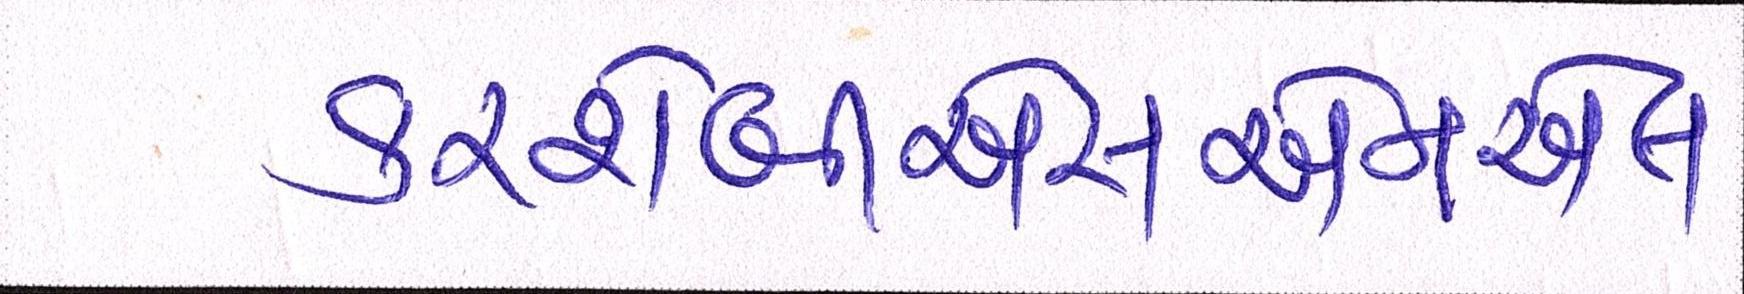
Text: કરશેબીએસએનએલ